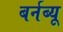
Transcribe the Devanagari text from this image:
बर्नब्यू